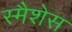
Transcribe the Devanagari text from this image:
स्मैशेस